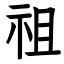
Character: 祖